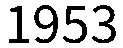
1953